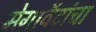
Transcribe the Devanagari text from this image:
मेगावॅटांचा